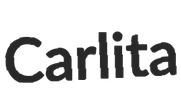
Carlita